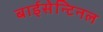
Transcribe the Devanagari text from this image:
बाईसेन्टिनल